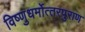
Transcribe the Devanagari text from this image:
विष्‍णुधर्मोत्‍तरपुराण